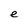
Character: e